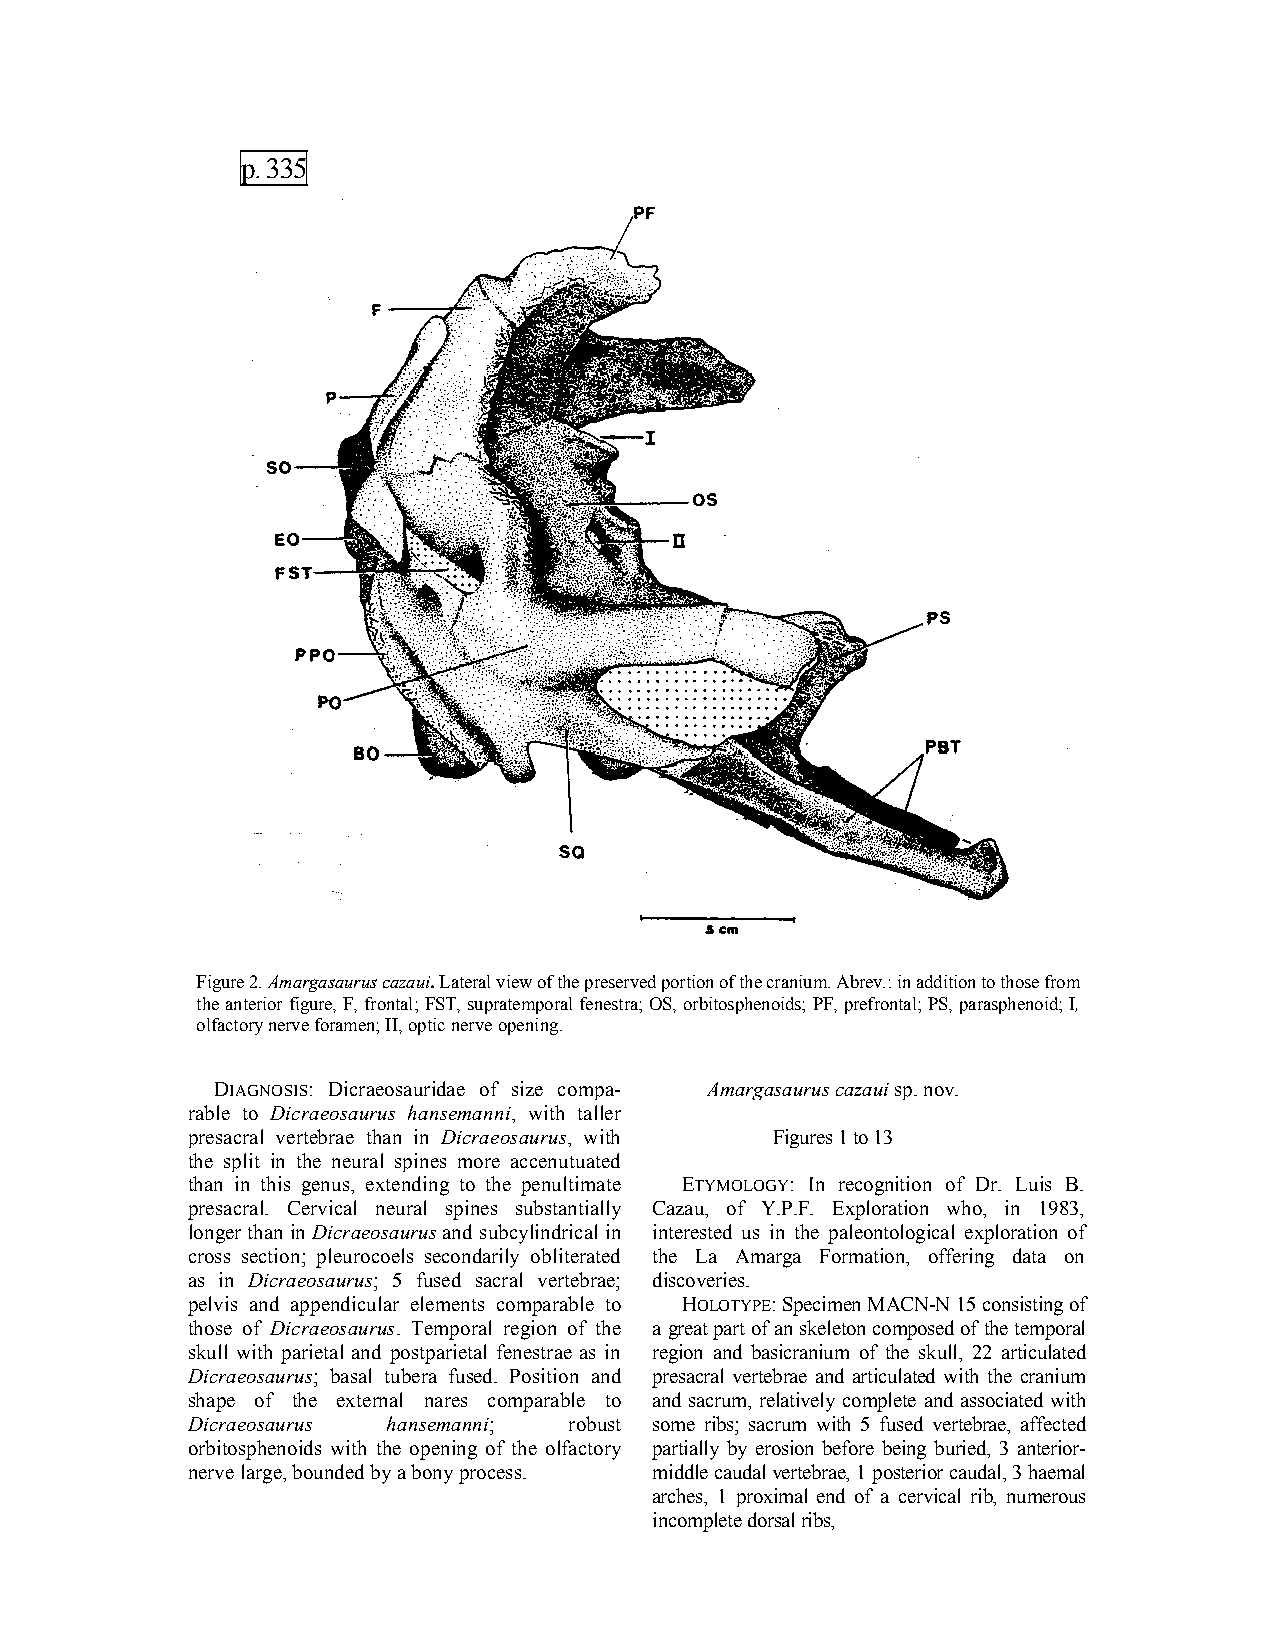
p. 335
 Figure 2. Amargasaurus cazaui. Lateral view of the preserved portion of the cranium. Abrev.: in addition to those from
 the anterior figure, F, frontal; FST, supratemporal fenestra; OS, orbitosphenoids; PF, prefrontal; PS, parasphenoid; I,
 olfactory nerve foramen; II, optic nerve opening.
 DIAGNOSIS: Dicraeosauridae of size compa- Amargasaurus cazaui sp. nov.
 rable to Dicraeosaurus hansemanni, with taller
 presacral vertebrae than in Dicraeosaurus, with Figures 1 to 13
 the split in the neural spines more accenutuated
 than in this genus, extending to the penultimate ETYMOLOGY: In recognition of Dr. Luis B.
 presacral. Cervical neural spines substantially Cazau, of Y.P.F. Exploration who, in 1983,
 longer than in Dicraeosaurus and subcylindrical in interested us in the paleontological exploration of
 cross section; pleurocoels secondarily obliterated the La Amarga Formation, offering data on
 as in Dicraeosaurus; 5 fused sacral vertebrae; discoveries.
 pelvis and appendicular elements comparable to HOLOTYPE: Specimen MACN-N 15 consisting of
 those of Dicraeosaurus. Temporal region of the a great part of an skeleton composed of the temporal
 skull with parietal and postparietal fenestrae as in region and basicranium of the skull, 22 articulated
 Dicraeosaurus; basal tubera fused. Position and presacral vertebrae and articulated with the cranium
 shape of the external nares comparable to and sacrum, relatively complete and associated with
 Dicraeosaurus hansemanni; robust some ribs; sacrum with 5 fused vertebrae, affected
 orbitosphenoids with the opening of the olfactory partially by erosion before being buried, 3 anterior-
 nerve large, bounded by a bony process. middle caudal vertebrae, 1 posterior caudal, 3 haemal
 arches, 1 proximal end of a cervical rib, numerous
 incomplete dorsal ribs,